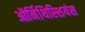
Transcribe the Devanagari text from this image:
ऑर्निथिस्शियंस